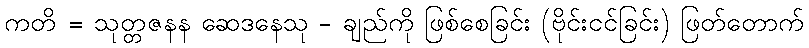
ကတိ = သုတ္တဇနန ဆေဒနေသု - ချည်ကို ဖြစ်စေခြင်း (ဗိုင်းငင်ခြင်း) ဖြတ်တောက်